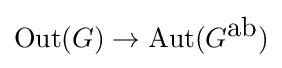
\operatorname {Out} (G)\to \operatorname {Aut} (G^{\mbox{ab}})